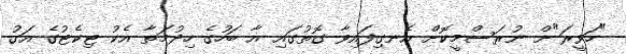
"ހަވީރަ"ށް ނުރަސްމީކޮށް އެނގިފައިވާ ގޮތުގައި އާ ބަހުގެ ހިދުމަތާ އެކު ޓިކެޓުގެ އަގު